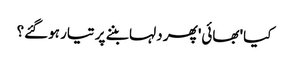
کیا 'بھائی' پھر دلہا بننے پر تیار ہوگئے؟